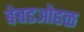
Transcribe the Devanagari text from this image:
बेबडओहळ